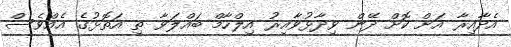
އެދާއިރާ އަށް ކޮށް ދޭން ވިދާޅުވާއިރު އިލްހާމް ބައްލަވާ ތި އަތޮޅުގެ އެއްވެސް